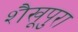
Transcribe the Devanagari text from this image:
शैखूपुरा